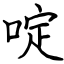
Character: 啶